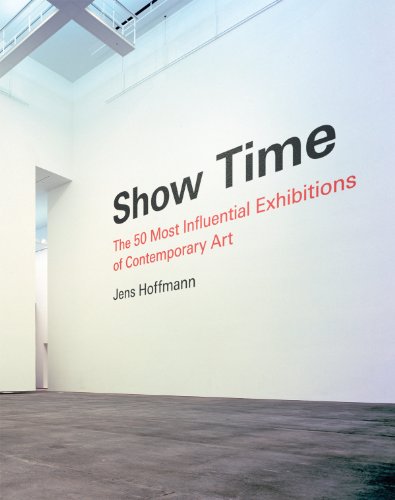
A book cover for Show Time: The 50 Most Influential Exhibitions of Contemporary Art; Politics & Social Sciences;